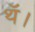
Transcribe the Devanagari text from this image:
थॅ।